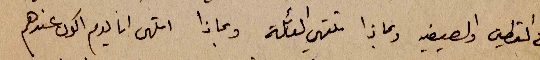
في القطين والصيفيه وبماذا تلتهي العائلة وبماذا التهى انا يوم اكون عندهم